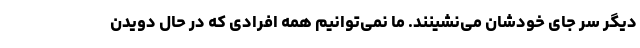
دیگر سر جای خودشان می‌نشینند. ما نمی‌توانیم همه افرادی که در حال دویدن